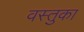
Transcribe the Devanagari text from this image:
वस्‍तुका